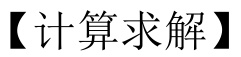
【计算求解】